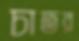
চাতর